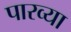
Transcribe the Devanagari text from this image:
पारव्या